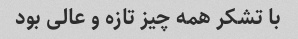
با تشکر همه چیز تازه و عالی بود